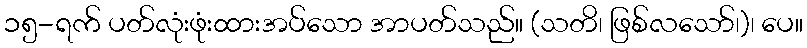
၁၅-ရက် ပတ်လုံးဖုံးထားအပ်သော အာပတ်သည်။ (သတိ၊ ဖြစ်လသော်၊)၊ ပေ။